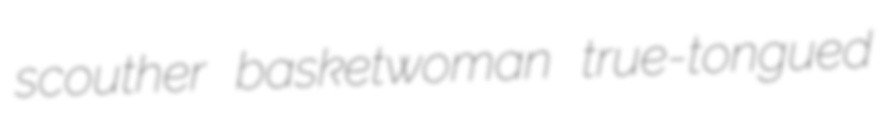
scouther basketwoman true-tongued